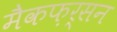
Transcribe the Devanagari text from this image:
मैकफ़र्सन